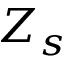
Z _ { s }